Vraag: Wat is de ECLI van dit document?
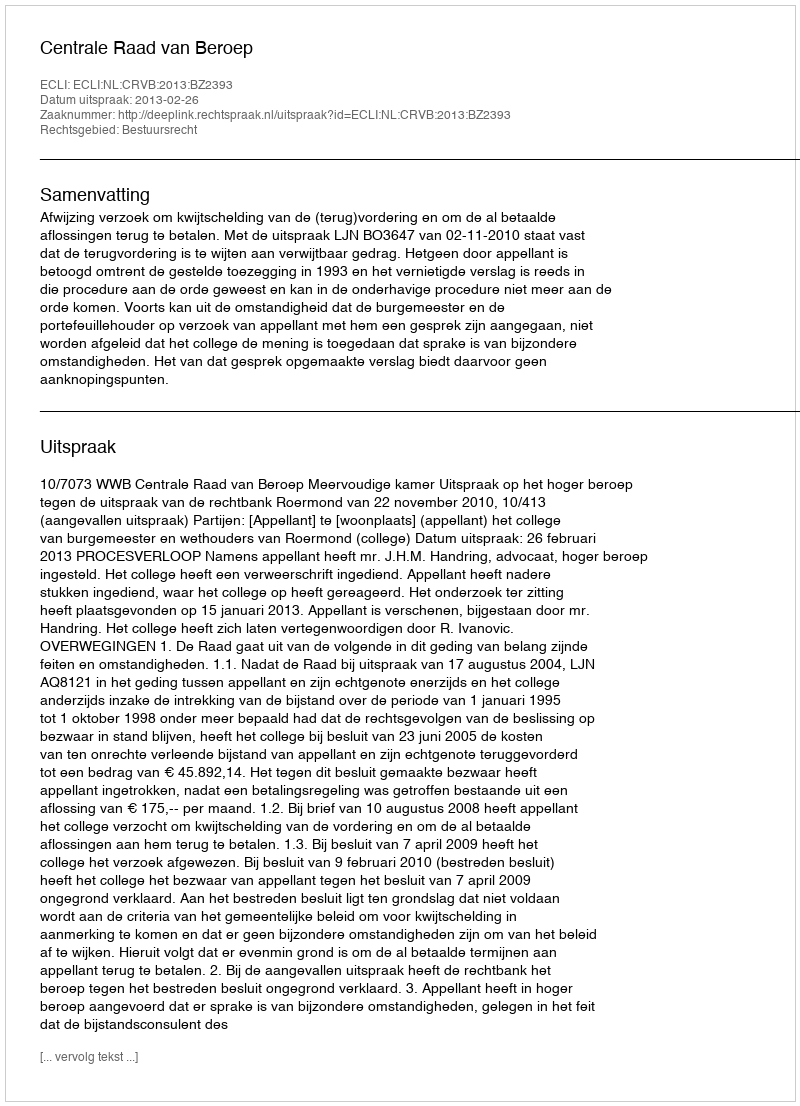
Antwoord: ECLI:NL:CRVB:2013:BZ2393